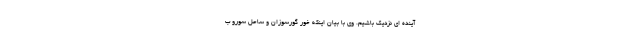
آینده ای نزدیک باشیم. وی با بیان اینکه خور گورسوزان و ساحل سورو ب